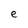
Character: e